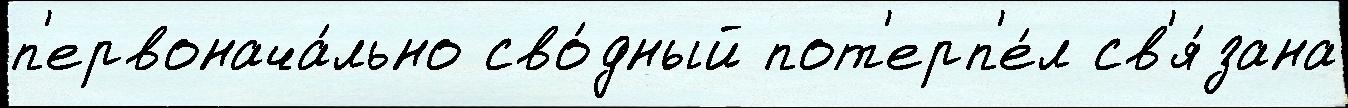
п'ервонача́льно сво́дный пот'ерп'е́л св'я́зана